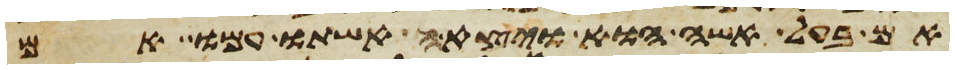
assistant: אם בעל אשה הוא ויצאה אשתו עמו אם